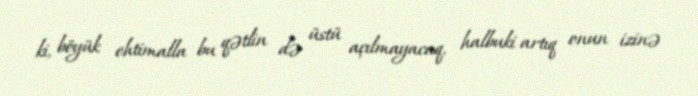
ki, böyük ehtimalla bu qətlin də üstü açılmayacaq, halbuki artıq onun izinə